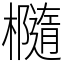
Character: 㰐